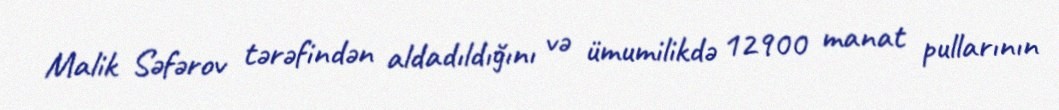
Malik Səfərov tərəfindən aldadıldığını və ümumilikdə 12900 manat pullarının